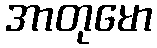
အာတုမော